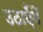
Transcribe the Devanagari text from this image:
उठाएँगें